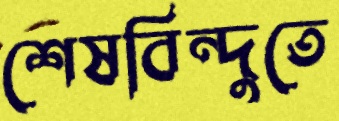
শেষবিন্দুতে